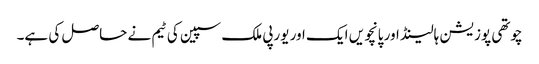
چوتھی پوزیشن ہالینڈ اور پانچویں ایک اور یورپی ملک سپین کی ٹیم نے حاصل کی ہے۔